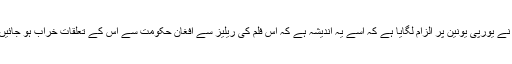
انہوں نے يورپی يونين پر الزام لگايا ہے کہ اُسے يہ انديشہ ہے کہ اس فلم کی ريليز سے افغان حکومت سے اُس کے تعلقات خراب ہو جائيں گے۔